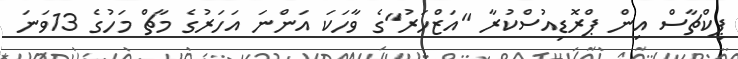
ޕިކްޗާސް އިން ޕްރޮޑިއުސްކުރާ "އަޒްހަރު"ގެ ވާހަކަ އަންނަ އަހަރުގެ މާޗް މަހުގެ 13ވަނަ